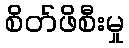
စိတ်ဖိစီးမှု